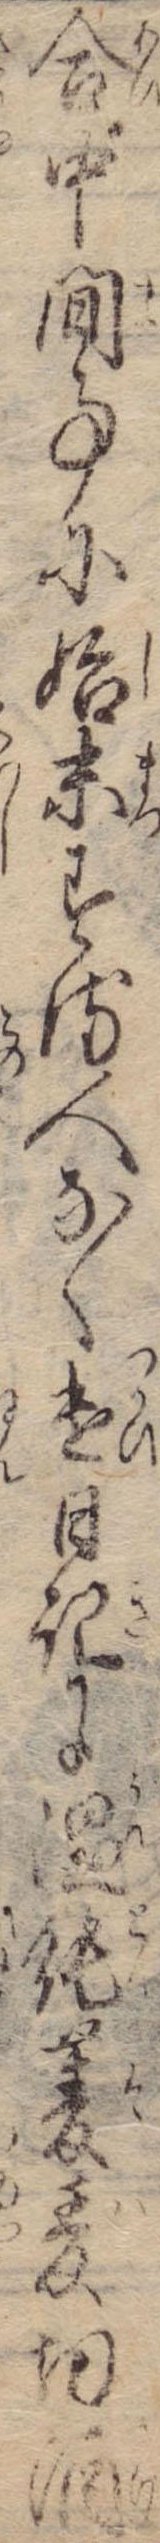
合中間事に始末する人なく遣日記に饂飩麦切酒